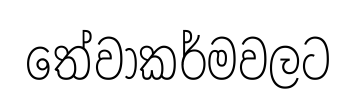
තේවාකර්මවලට